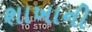
શાખાની